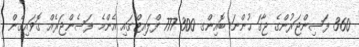
360 ފަސިންޖަރުންގެ ޖާގަ ހުންނަ ބޮއިންގ 300-777 ފްލައިޓްގައި އެންމެ ފަސެންޖަރެއް ގޮވައިގެން